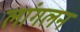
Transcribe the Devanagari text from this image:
लांगलन